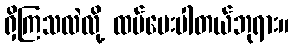
ရှိကြသလဲလို့ ထပ်မေးပါတယ်ဘုရား။